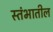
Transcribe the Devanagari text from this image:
स्तंभातील